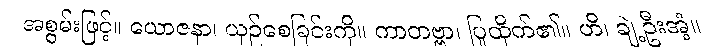
အစွမ်းဖြင့်။ ယောဇနာ၊ ယှဉ်စေခြင်းကို။ ကာတဗ္ဗာ၊ ပြုထိုက်၏။ ဟိ၊ ချဲ့ဦးအံ့။